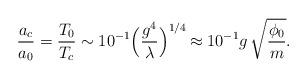
LaTeX: \begin{align*}{a_c\over a_0} = {T_0\over T_c} \sim 10^{-1} \Bigr({g^4\over\lambda}\Bigl)^{1/4}\,\approx 10^{-1} g\,\sqrt{\phi_0\over m} .\end{align*}